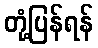
တုံ့ပြန်ရန်